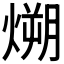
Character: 𪹛